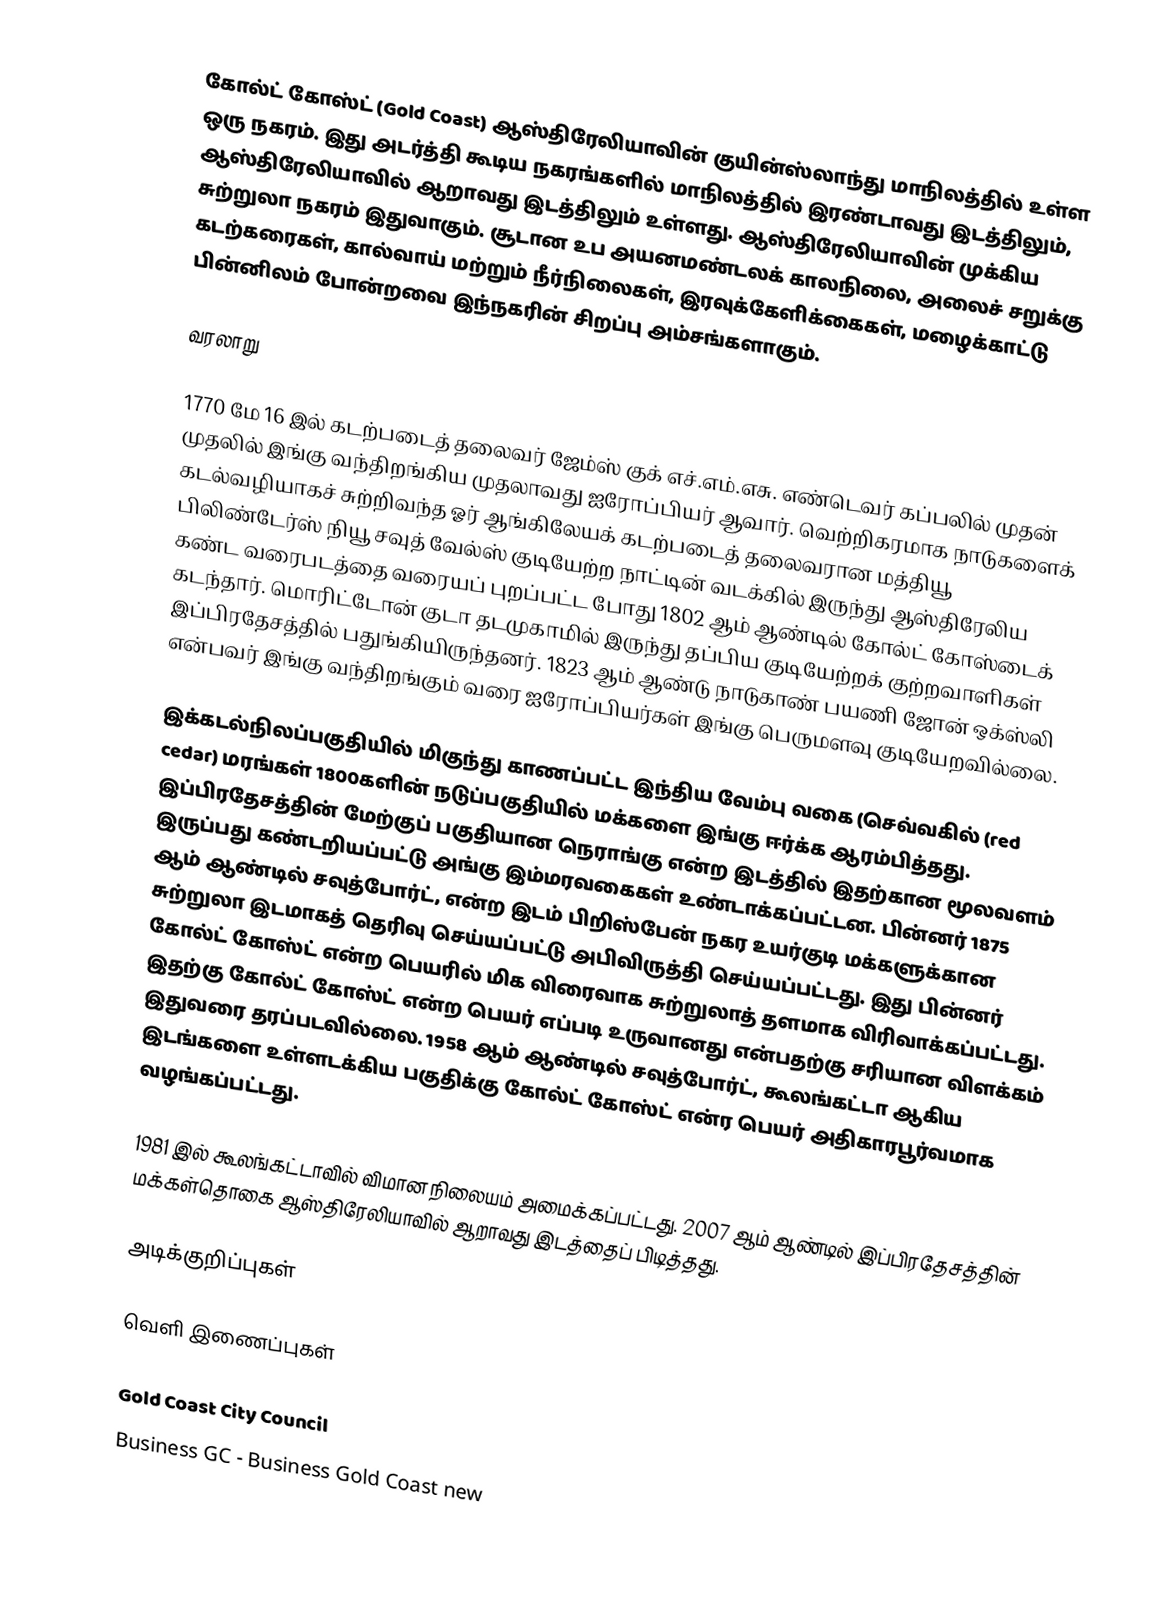
கோல்ட் கோஸ்ட் (Gold Coast) ஆஸ்திரேலியாவின் குயின்ஸ்லாந்து மாநிலத்தில் உள்ள ஒரு நகரம். இது அடர்த்தி கூடிய நகரங்களில் மாநிலத்தில் இரண்டாவது இடத்திலும், ஆஸ்திரேலியாவில் ஆறாவது இடத்திலும் உள்ளது. ஆஸ்திரேலியாவின் முக்கிய சுற்றுலா நகரம் இதுவாகும். சூடான உப அயனமண்டலக் காலநிலை, அலைச் சறுக்கு கடற்கரைகள், கால்வாய் மற்றும் நீர்நிலைகள், இரவுக்கேளிக்கைகள், மழைக்காட்டு பின்னிலம் போன்றவை இந்நகரின் சிறப்பு அம்சங்களாகும்.

வரலாறு

1770 மே 16 இல் கடற்படைத் தலைவர் ஜேம்ஸ் குக் எச்.எம்.எசு. எண்டெவர் கப்பலில் முதன் முதலில் இங்கு வந்திறங்கிய முதலாவது ஐரோப்பியர் ஆவார். வெற்றிகரமாக நாடுகளைக் கடல்வழியாகச் சுற்றிவந்த ஓர் ஆங்கிலேயக் கடற்படைத் தலைவரான மத்தியூ பிலிண்டேர்ஸ் நியூ சவுத் வேல்ஸ் குடியேற்ற நாட்டின் வடக்கில் இருந்து ஆஸ்திரேலிய கண்ட வரைபடத்தை வரையப் புறப்பட்ட போது 1802 ஆம் ஆண்டில் கோல்ட் கோஸ்டைக் கடந்தார். மொரிட்டோன் குடா தடமுகாமில் இருந்து தப்பிய குடியேற்றக் குற்றவாளிகள் இப்பிரதேசத்தில் பதுங்கியிருந்தனர். 1823 ஆம் ஆண்டு நாடுகாண் பயணி ஜோன் ஒக்ஸ்லி என்பவர் இங்கு வந்திறங்கும் வரை ஐரோப்பியர்கள் இங்கு பெருமளவு குடியேறவில்லை.

இக்கடல்நிலப்பகுதியில் மிகுந்து காணப்பட்ட இந்திய வேம்பு வகை (செவ்வகில் (red cedar) மரங்கள் 1800களின் நடுப்பகுதியில் மக்களை இங்கு ஈர்க்க ஆரம்பித்தது. இப்பிரதேசத்தின் மேற்குப் பகுதியான நெராங்கு என்ற இடத்தில் இதற்கான மூலவளம் இருப்பது கண்டறியப்பட்டு அங்கு இம்மரவகைகள் உண்டாக்கப்பட்டன. பின்னர் 1875 ஆம் ஆண்டில் சவுத்போர்ட், என்ற இடம் பிறிஸ்பேன் நகர உயர்குடி மக்களுக்கான சுற்றுலா இடமாகத் தெரிவு செய்யப்பட்டு அபிவிருத்தி செய்யப்பட்டது. இது பின்னர் கோல்ட் கோஸ்ட் என்ற பெயரில் மிக விரைவாக சுற்றுலாத் தளமாக விரிவாக்கப்பட்டது. இதற்கு கோல்ட் கோஸ்ட் என்ற பெயர் எப்படி உருவானது என்பதற்கு சரியான விளக்கம் இதுவரை தரப்படவில்லை. 1958 ஆம் ஆண்டில் சவுத்போர்ட், கூலங்கட்டா ஆகிய இடங்களை உள்ளடக்கிய பகுதிக்கு கோல்ட் கோஸ்ட் என்ர பெயர் அதிகாரபூர்வமாக வழங்கப்பட்டது.

1981 இல் கூலங்கட்டாவில் விமான நிலையம் அமைக்கப்பட்டது. 2007 ஆம் ஆண்டில் இப்பிரதேசத்தின் மக்கள்தொகை ஆஸ்திரேலியாவில் ஆறாவது இடத்தைப் பிடித்தது.

அடிக்குறிப்புகள்

வெளி இணைப்புகள்

 Gold Coast City Council
 Business GC - Business Gold Coast new